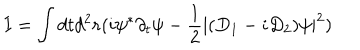
I = \int d t d ^ { 2 } { \bf r } ( i \psi ^ { \ast } \partial _ { t } \psi - { \frac { 1 } { 2 } } | ( D _ { 1 } - i D _ { 2 } ) \psi | ^ { 2 } )